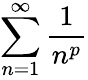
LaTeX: \sum_{n=1}^{\infty}{\frac{1}{n^{p}}}